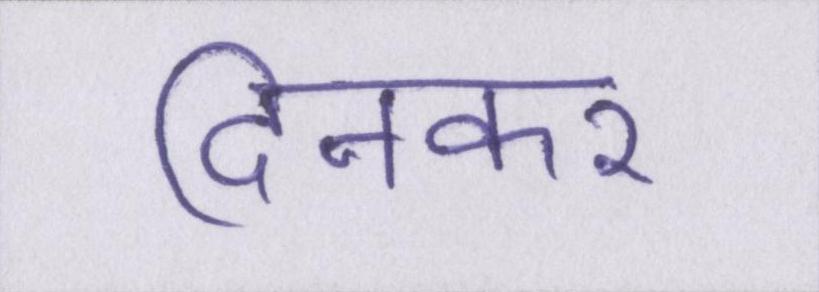
दिनकर